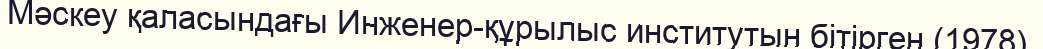
Мәскеу қаласындағы Инженер-құрылыс институтын бітірген (1978).